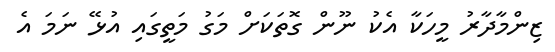
ޒިންމާދާރު މީހަކާ އެކު ނޫން ގޮތަކަށް މަގު މަތީގައި އުޅޭ ނަމަ އެ